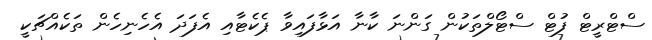
ސްޓްރީޓް ފުޓް ސްޓޯލްތަކުން ގަންނަ ކާނާ އަޅާފައިވާ ޕެކެޓާއި އެފަދަ އެހެނިހެން ތަކެއްޗަކީ